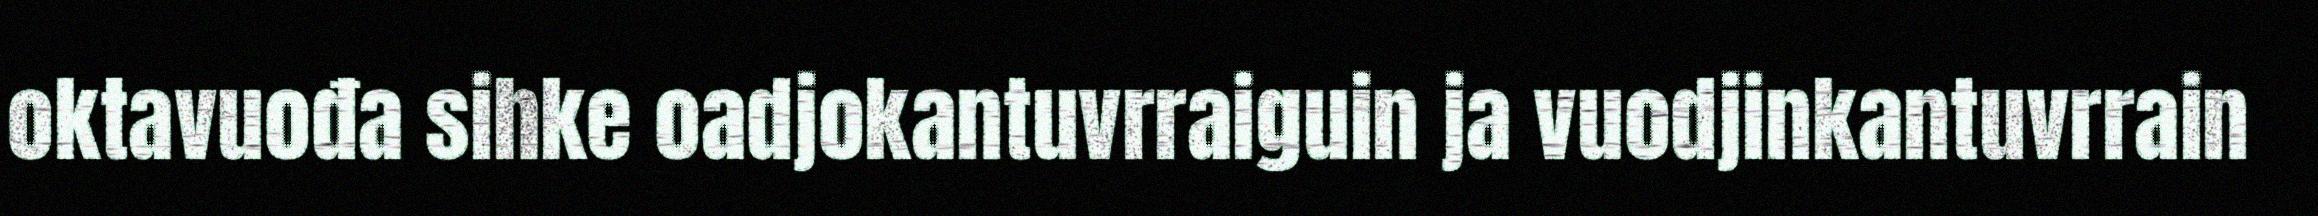
oktavuođa sihke oadjokantuvrraiguin ja vuodjinkantuvrrain